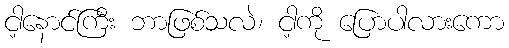
ငါ့နောင်ကြီး ဘာဖြစ်သလဲ၊ ငါ့ကို ပြောပါလားကော